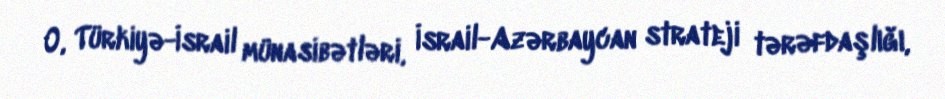
O, Türkiyə-İsrail münasibətləri, İsrail-Azərbaycan strateji tərəfdaşlığı,